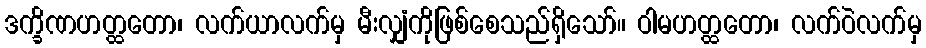
ဒက္ခိဏဟတ္ထတော၊ လက်ယာလက်မှ မီးလျှံကိုဖြစ်စေသည်ရှိသော်။ ဝါမဟတ္ထတော၊ လက်ဝဲလက်မှ